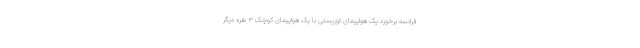
فرانسه برخورد یک هواپیمای توریستی با یک هواپیمای کوچک ۳ نفره دیگر